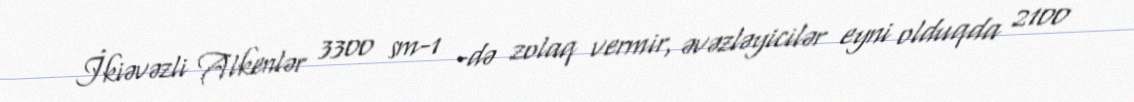
İkiəvəzli Alkenlər 3300 sm-1 -də zolaq vermir, əvəzləyicilər eyni olduqda 2100